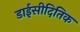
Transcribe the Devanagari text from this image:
डाईसीदितिक